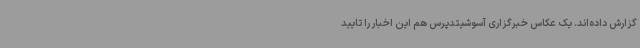
گزارش داده‌اند. یک عکاس خبرگزاری آسوشیتدپرس هم این اخبار را تایید